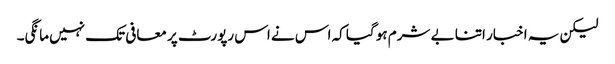
لیکن یہ اخبار اتنا بے شرم ہو گیا کہ اس نے اس رپورٹ پر معافی تک نہیں مانگی۔